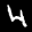
Label: 4